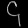
Digit: ၄